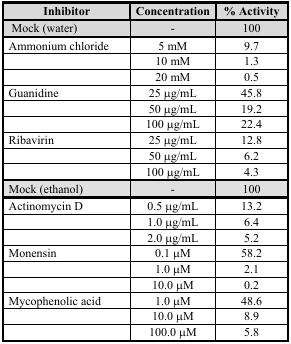
| Inhibitor | Concentration | % Activity |
 | --- | --- | --- |
 | Mock (water) | - | 100 |
 | Ammonium chloride | 5 mM | 9.7 |
 |  | 10 mM | 1.3 |
 |  | 20 mM | 0.5 |
 | Guanidine | 25 μg/mL | 45.8 |
 |  | 50 μg/mL | 19.2 |
 |  | 100 μg/mL | 22.4 |
 | Ribavirin | 25 μg/mL | 12.8 |
 |  | 50 μg/mL | 6.2 |
 |  | 100 μg/mL | 4.3 |
 | Mock (ethanol) | - | 100 |
 | Actinomycin D | 0.5 μg/mL | 13.2 |
 |  | 1.0 μg/mL | 6.4 |
 |  | 2.0 μg/mL | 5.2 |
 | Monensin | 0.1 μM | 58.2 |
 |  | 1.0 μM | 2.1 |
 |  | 10.0 μM | 0.2 |
 | Mycophenolic acid | 1.0 μM | 48.6 |
 |  | 10.0 μM | 8.9 |
 |  | 100.0 μM | 5.8 |